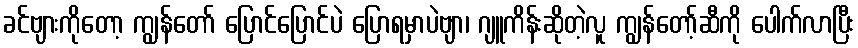
ခင်ဗျားကိုတော့ ကျွန်တော် ပြောင်ပြောင်ပဲ ပြောရမှာပဲဗျာ၊ ဂျူကိန်းဆိုတဲ့လူ ကျွန်တော့်ဆီကို ပေါက်လာပြီး